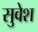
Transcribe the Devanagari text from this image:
सुवेश